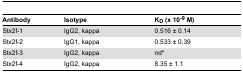
<table><thead><tr><td><b>Antibody</b></td><td><b>Isotype</b></td><td><b>K<sub>D</sub> (x 10<sup>-9</sup> M)</b></td></tr></thead><tbody><tr><td>Stx2f-1</td><td>IgG2, kappa</td><td>0.516 ± 0.14</td></tr><tr><td>Stx2f-2</td><td>IgG1, kappa</td><td>0.533 ± 0.39</td></tr><tr><td>Stx2f-3</td><td>IgG2, kappa</td><td>nd*</td></tr><tr><td>Stx2f-4</td><td>IgG2, kappa</td><td>8.35 ± 1.1</td></tr></tbody></table>